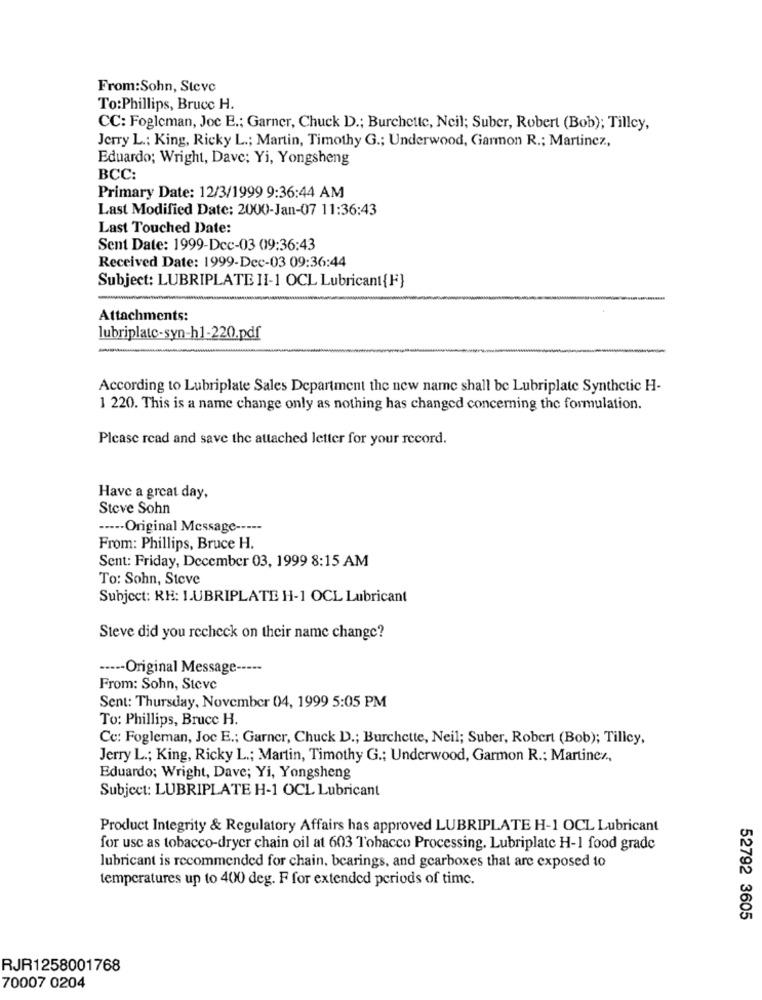
From:Sohn, Steve
To:Phillips, Bruce H.
CC: Fogleman, Joc E .; Garner, Chuck D .; Burchette, Neil; Suber, Robert (Bob); Tilley,
Jerry L .: King, Ricky L .; Martin, Timothy G .; Underwood, Garmon R .; Martinez,
Eduardo; Wright, Dave; Yi, Yongsheng
BCC:
Primary Date: 12/3/1999 9:36:44 AM
Last Modified Date: 2000-Jan-07 11:36:43
Last Touched Date:
Sent Date: 1999-Dcc-03 09:36:43
Received Date: 1999-Dec-03 09:36:44
Subject: LUBRIPLATE II-1 OCL Lubricant{F}
Attachments:
lubriplatc-syn-h1-220.pdf
According to Lubriplate Sales Department the new name shall be Lubriplate Synthetic H-
1 220. This is a name change only as nothing has changed concerning the formulation.
Please read and save the attached letter for your record.
Have a great day,
Steve Sohn
----- Original Message -----
From: Phillips, Bruce H.
Sent: Friday, December 03, 1999 8:15 AM
To: Sohn, Steve
Subject: RE: LUBRIPLATE H-1 OCL Lubricant
Steve did you recheck on their name change?
----- Original Message -----
From: Sohn, Steve
Sent: Thursday, November 04, 1999 5:05 PM
To: Phillips, Bruce H.
Cc: Fogleman, Joc E .; Garner, Chuck D .; Burchette, Neil; Suber, Robert (Bob); Tilley,
Jerry L .; King, Ricky L .; Martin, Timothy G .; Underwood, Garmon R .; Martinez,
Eduardo; Wright, Dave; Yi, Yongsheng
Subject: LUBRIPLATE H-1 OCL Lubricant
Product Integrity & Regulatory Affairs has approved LUBRIPLATE H-1 OCL Lubricant
for use as tobacco-dryer chain oil at 603 Tobacco Processing. Lubriplatc H-1 food grade
lubricant is recommended for chain, bearings, and gearboxes that are exposed to
temperatures up to 400 deg. F for extended periods of time.
52792 3605
RJR1258001768
70007 0204